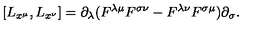
[ L _ { x ^ { \mu } } , L _ { x ^ { \nu } } ] = \partial _ { \lambda } ( F ^ { \lambda \mu } F ^ { \sigma \nu } - F ^ { \lambda \nu } F ^ { \sigma \mu } ) \partial _ { \sigma } .